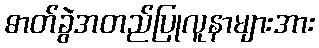
ဓာတ်ခွဲအတည်ပြုလူနာများအား